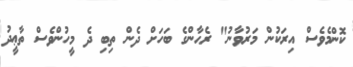
ކޮންމެވެސް އިރަކުން މަރުވާނު" ރެޙާންގެ ބަހަށް ދެން ތިބި ދެ މީހުންވެސް ތާޢީދު